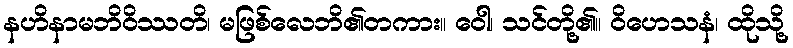
နဟိနာမဘိဝိဿတိ၊ မဖြစ်လေဘိ၏တကား။ ဝေါ၊ သင်တို့၏။ ဝိဟေသနံ၊ ထိုသို့